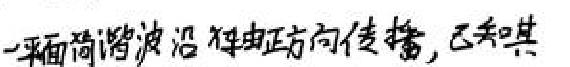
一平面简谐波沿 x 轴正方向传播，已知其